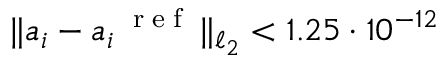
\lVert a _ { i } - a _ { i } ^ { \mathrm { ~ \tiny ~ { ~ r ~ e ~ f ~ } ~ } } \rVert _ { \ell _ { 2 } } < 1 . 2 5 \cdot 1 0 ^ { - 1 2 }